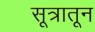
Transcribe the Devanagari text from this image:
सूत्रातून